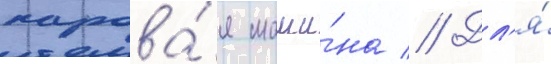
парова́я маши́на // Дл'я́